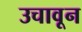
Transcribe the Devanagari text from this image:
उचावून